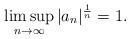
LaTeX: \begin{align*} \limsup_{n \to \infty} | a_n |^{\frac{1}{n}} = 1. \end{align*}